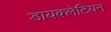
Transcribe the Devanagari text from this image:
डायक्लेटियन